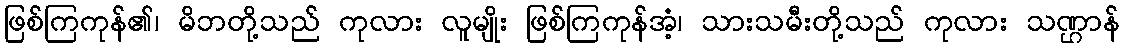
ဖြစ်ကြကုန်၏၊ မိဘတို့သည် ကုလား လူမျိုး ဖြစ်ကြကုန်အံ့၊ သားသမီးတို့သည် ကုလား သဏ္ဌာန်